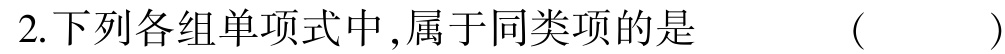
2.下列各组单项式中,属于同类项的是  (   )